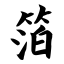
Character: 箔